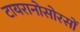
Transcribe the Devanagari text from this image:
टायरानोसोरसों